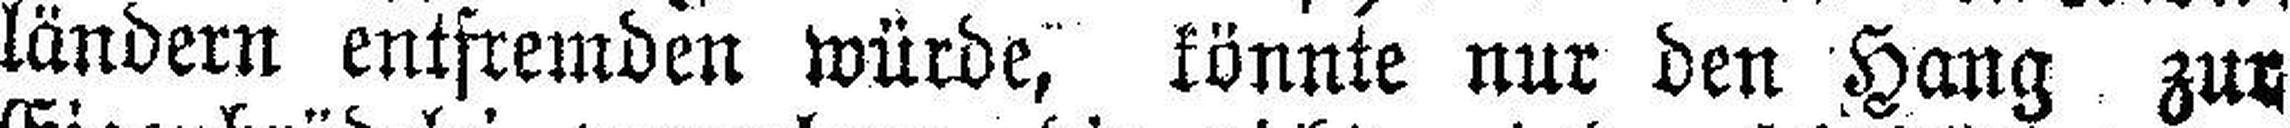
ländern entfremden würde, könnte nur den Hang zur